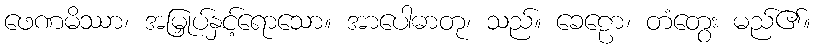
ဖေဏမိဿာ၊ အမြှုပ်နှင့်ရောသော။ အာပေါဓာတု၊ သည်။ ခေဠော၊ တံတွေး မည်၏။